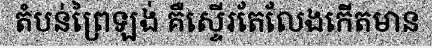
តំបន់ព្រៃឡង់ គឺស្ទើរតែលែងកើតមាន